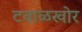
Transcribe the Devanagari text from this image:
टवाळखोर